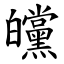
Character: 㿩